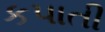
કપાતી